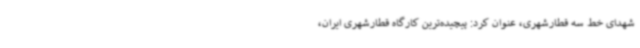
شهدای خط سه قطارشهری، عنوان کرد: پیچیده‌ترین کارگاه قطارشهری ایران،